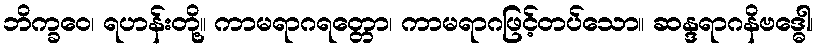
ဘိက္ခဝေ၊ ရဟန်းတို့။ ကာမရာဂရတ္တော၊ ကာမရာဂဖြင့်တပ်သော။ ဆန္ဒရာဂနိဗဒ္ဓေါ၊